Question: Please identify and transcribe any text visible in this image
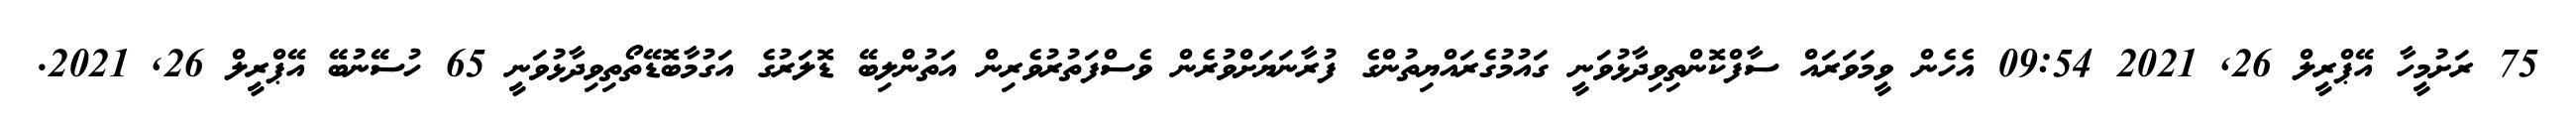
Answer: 75 ރަށުމީހާ އޭޕްރީލް 26, 2021 09:54 އެހެން ވީމަވަރައް ސާފްކޮންތިވިދާޅުވަނީ ގައުމުގެރައްޔިތުންގެ ފުރާނަޔަށްވުރެން ވެސްފަތުރުވެރިން އަތުންލިބޭ ޑޮލަރުގެ އަގުމާބޮޑޭތޯތިވިދާޅުވަނީ 65 ހުސޭނުބޭ އޭޕްރީލް 26, 2021.